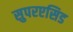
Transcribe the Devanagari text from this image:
सुपरएसिड